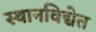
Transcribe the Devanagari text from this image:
स्थानविद्येत